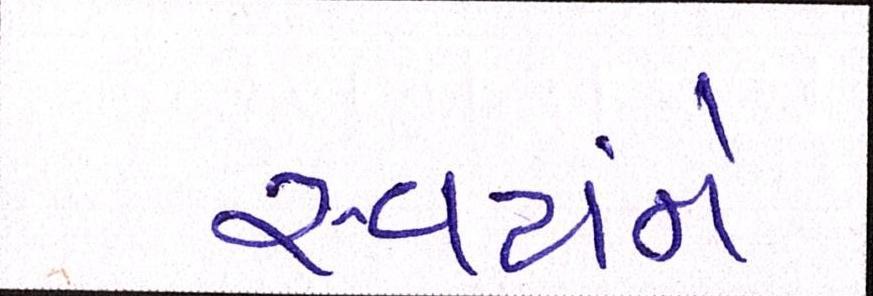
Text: સ્વયંને